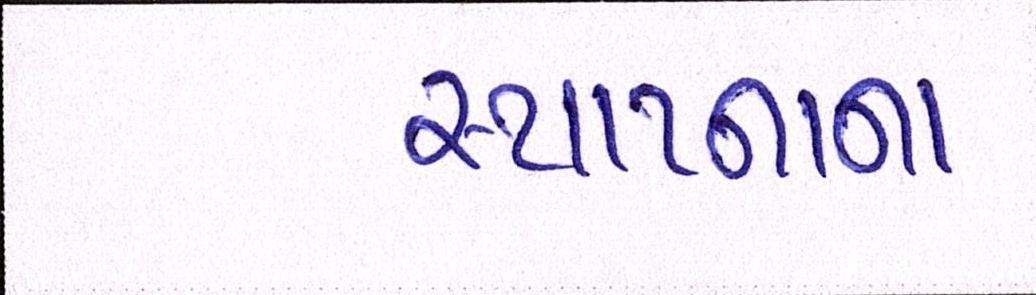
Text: સ્થાપ્નાના